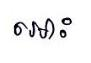
អោះ